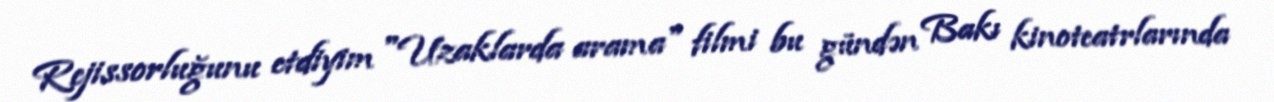
Rejissorluğunu etdiyim "Uzaklarda arama" filmi bu gündən Bakı kinoteatrlarında